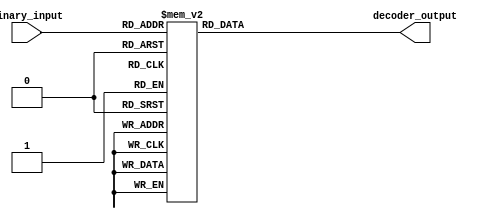
module octal_decoder(input [2:0] binary_input, output reg [7:0] decoder_output);

always @(*) begin
    case(binary_input)
        3'b000: decoder_output = 8'b00000001;
        3'b001: decoder_output = 8'b00000010;
        3'b010: decoder_output = 8'b00000100;
        3'b011: decoder_output = 8'b00001000;
        3'b100: decoder_output = 8'b00010000;
        3'b101: decoder_output = 8'b00100000;
        3'b110: decoder_output = 8'b01000000;
        3'b111: decoder_output = 8'b10000000;
        default: decoder_output = 8'b00000000;
    endcase
end

endmodule